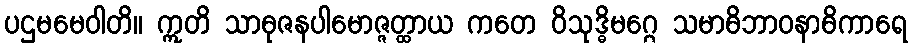
ပဌမမေဝါတိ။ ဣတိ သာဓုဇနပါမောဇ္ဇတ္ထာယ ကတေ ဝိသုဒ္ဓိမဂ္ဂေ သမာဓိဘာဝနာဓိကာရေ